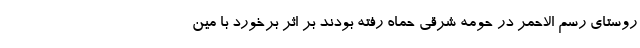
روستای رسم الاحمر در حومه شرقی حماه رفته بودند بر اثر برخورد با مین